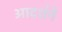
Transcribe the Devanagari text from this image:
आदर्शने